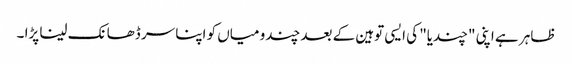
ظاہر ہے اپنی "چندیا" کی ایسی توہین کے بعد چندو میاں کو اپنا سر ڈھانک لینا پڑا ۔